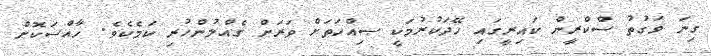
ގިނަ ވަގުތު ސްކްރީން ކައިރީގައި ހޭދަކުރުމަކީ ޞިއްހަތަށް ވަރަށް ގެއްލުންހުރި ކަމެކެވެ. ހާއްސަކޮށް